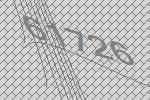
61726